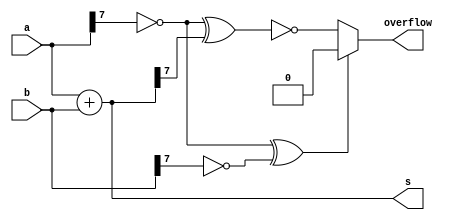
module top_module (
    input [7:0] a,
    input [7:0] b,
    output [7:0] s,
    output overflow
); //
    wire signa,signb;
    // sigx==1 if x is a positive number
    assign signa=~a[7];
    assign signb=~b[7];
    assign s=a+b;
    
    always@(*) begin
        if(signa^signb)
            // have different sign
            overflow=1'b0;
        else
            // have same sign
            overflow=~(signa^s[7]);
    end

endmodule